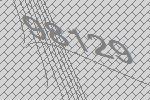
98129